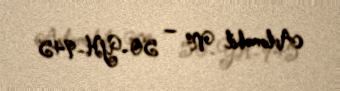
Avtomobil № — 50-YH-945